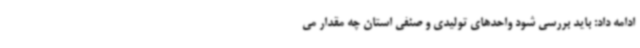
ادامه داد: باید بررسی شود واحدهای تولیدی و صنفی استان چه مقدار می